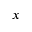
x